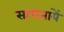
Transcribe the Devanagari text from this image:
साधनायें